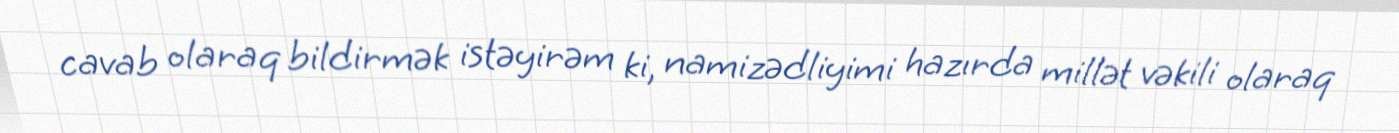
cavab olaraq bildirmək istəyirəm ki, namizədliyimi hazırda millət vəkili olaraq